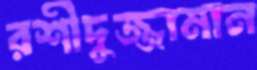
রশীদুজ্জামান